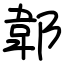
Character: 郼